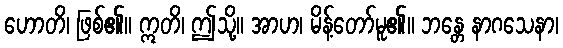
ဟောတိ၊ ဖြစ်၏။ ဣတိ၊ ဤသို့။ အာဟ၊ မိန့်တော်မူ၏။ ဘန္တေ နာဂသေနာ၊